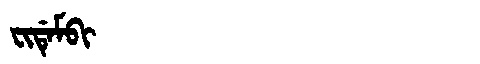
Manchu: ᠸᡳᡩᡝᠮᠪᡳ
Romanization: FIDEMBI